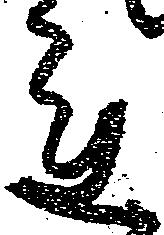
れ